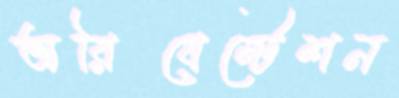
অরিয়েন্টেশন